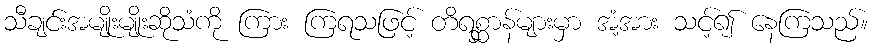
သီချင်းအမျိုးမျိုးဆိုသံကို ကြား ကြရသဖြင့် တိရစ္ဆာန်များမှာ အံ့အား သင့်၍ နေကြသည်။